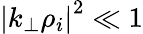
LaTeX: \left|k_{\perp}\rho_{i}\right|^{2}\ll 1